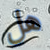
هل